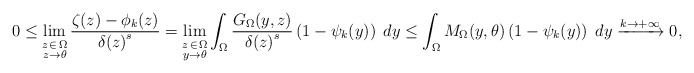
\begin{align*}0\leq\lim_{\stackrel{\hbox{\scriptsize $z\!\in\!\Omega$}}{z\rightarrow\theta}}\frac{\zeta(z)-\phi_k(z)}{{\delta(z)}^s}=\lim_{\stackrel{\hbox{\scriptsize $z\!\in\!\Omega$}}{y\rightarrow\theta}}\int_\Omega\frac{G_\Omega(y,z)}{{\delta(z)}^s}\left(1-\psi_k(y)\right)\;dy\leq\int_\Omega M_\Omega(y,\theta)\left(1-\psi_k(y)\right)\;dy\xrightarrow{k\rightarrow+\infty}0,\end{align*}